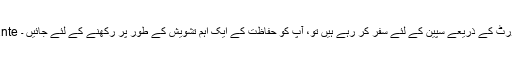
Alicante ایئر پورٹ کے ذریعے سپین کے لئے سفر کر رہے ہیں تو، آپ کو حفاظت کے ایک اہم تشویش کے طور پر رکھنے کے لئے جائیں ۔